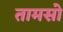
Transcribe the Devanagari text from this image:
तामसो